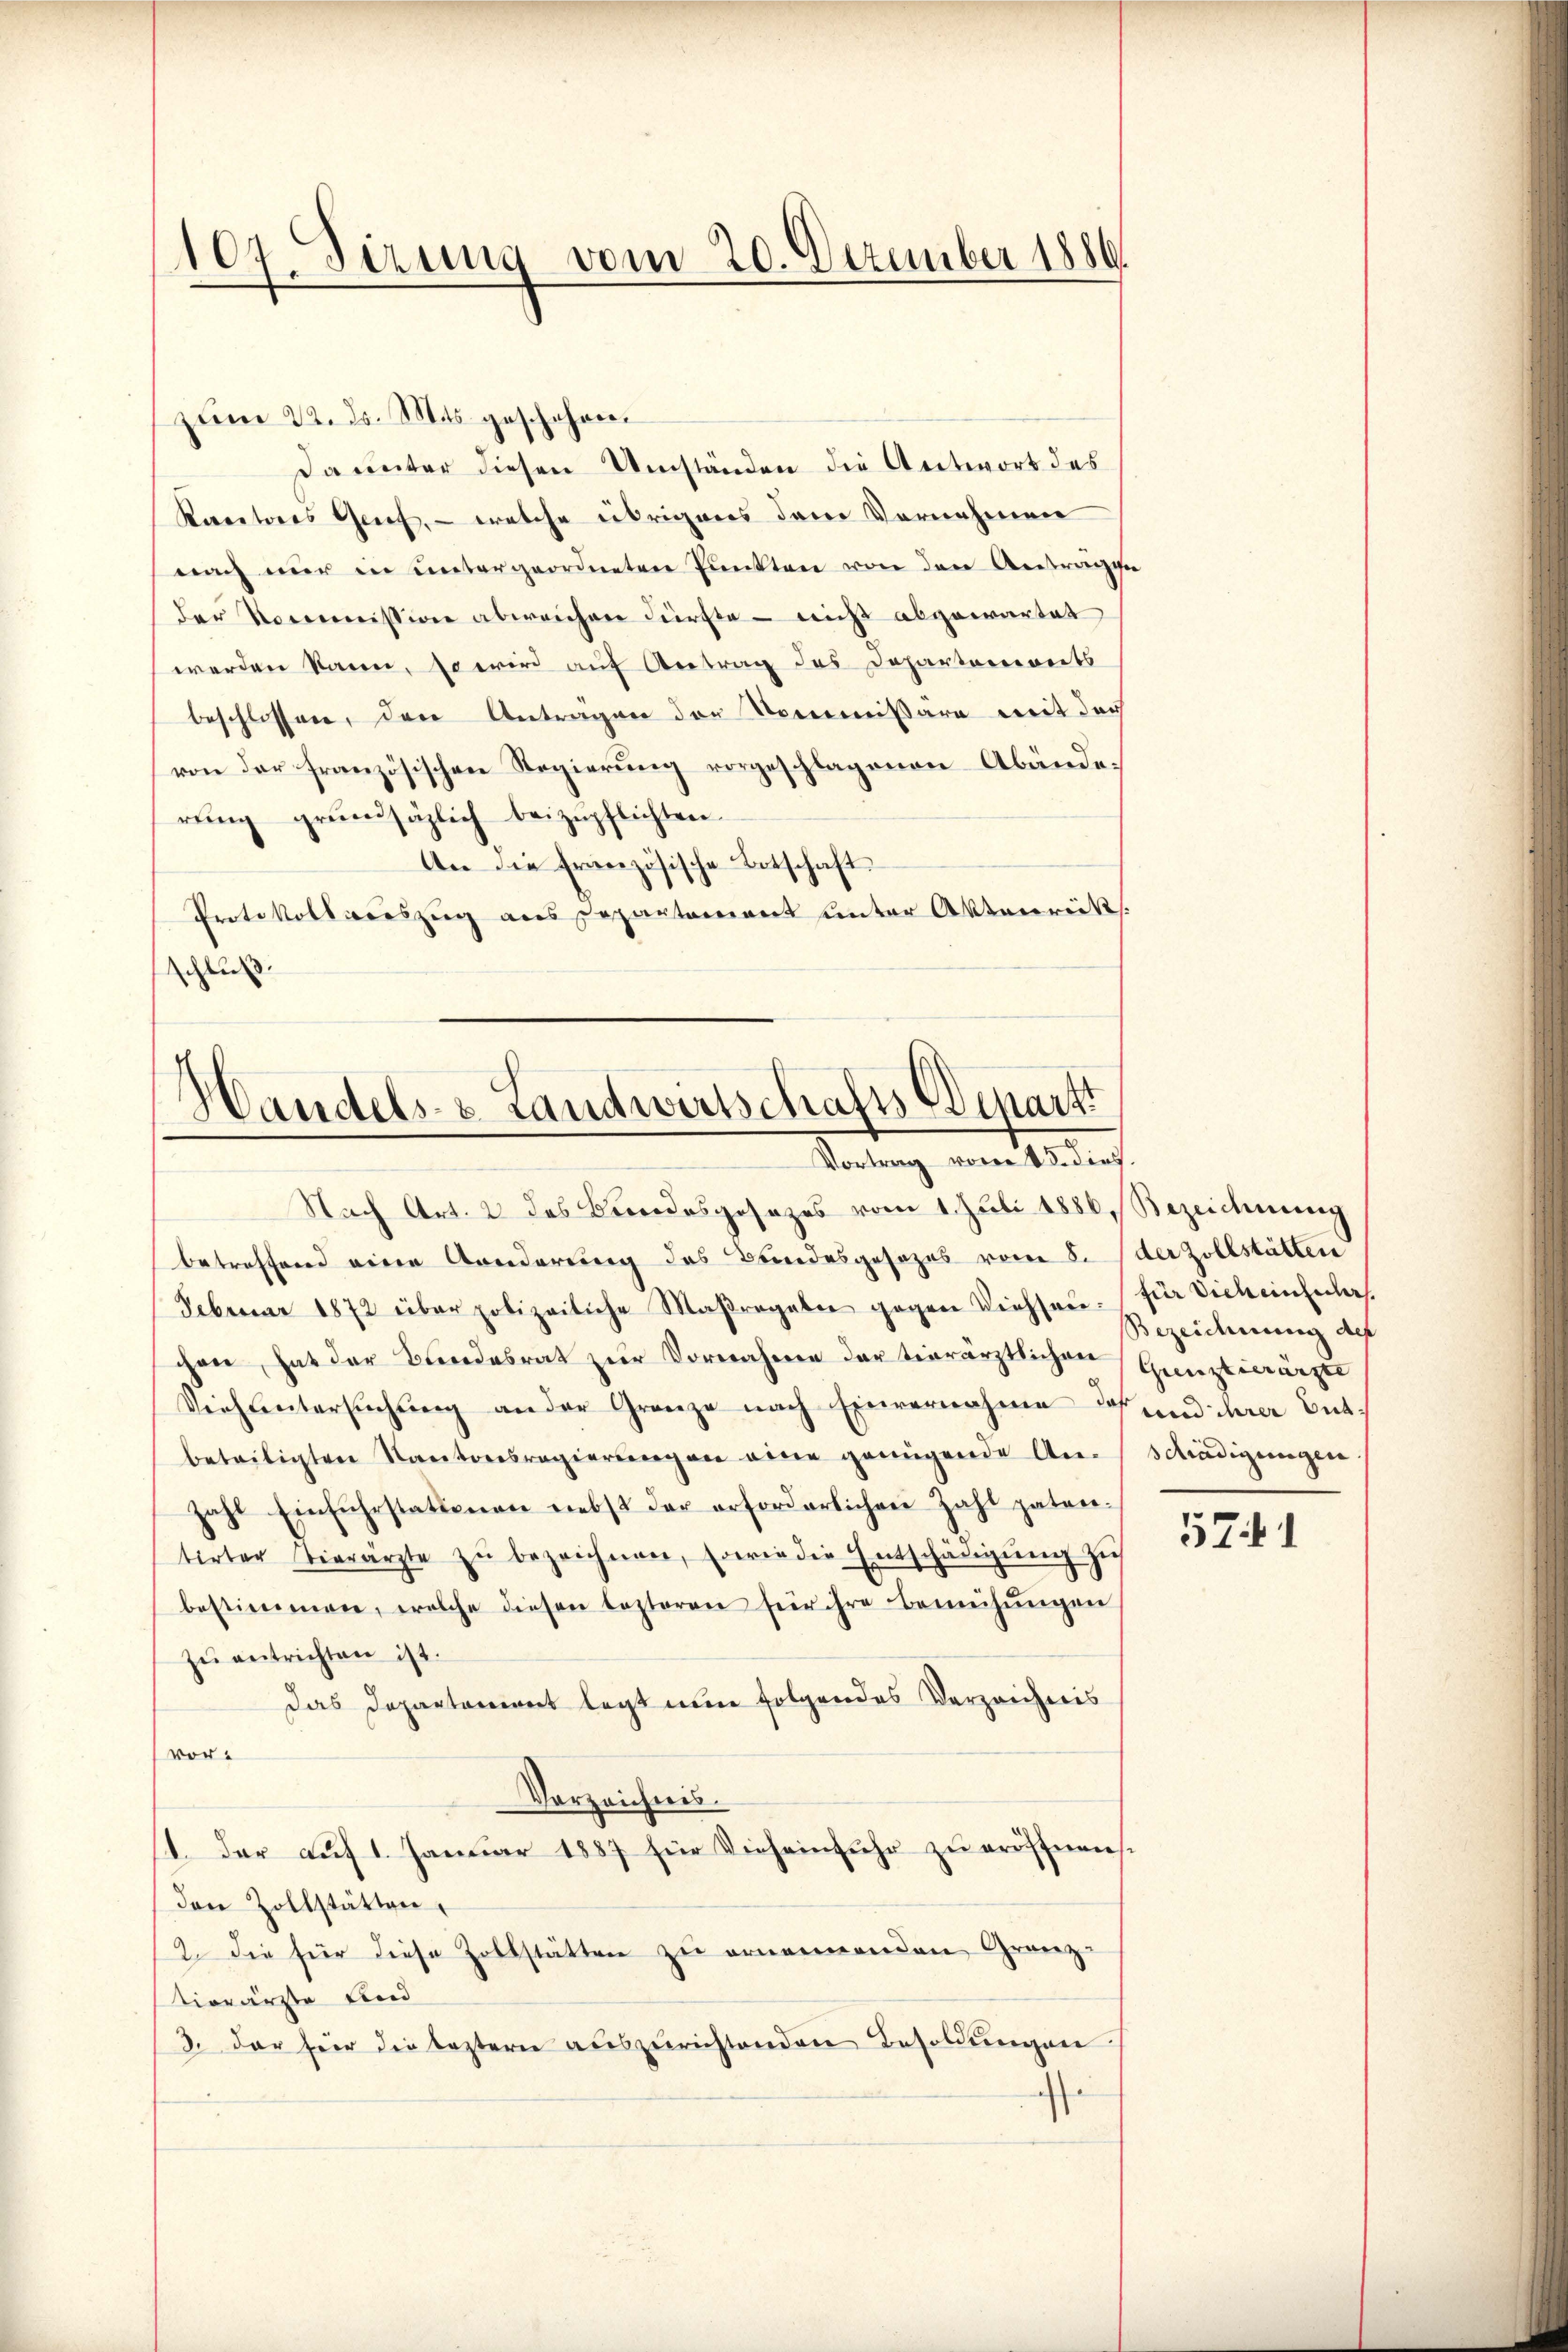
107. Dezung vom 20. Dezember 1886.

um 22. ds. Mts. geschehen.
Da unter diesen Umständen die Antwort des
Kantons Genf, — welche übrigens dem Vornehmen
nach nŭr in untergeordneten Pŭnkten von den Antragen
der Kommission abweichen dürfte - nicht abgewartet
werden kann, so wird auf Antrag des Departanereits
beschlossen, den Anträgen der Kommißäre mit der
von der französischen Regierung vorgeschlagenen Abänderŭng grŭndsätzlich beizŭpflichten.
An die französische Botschaft
Protokollsauszug aus Departement unter Aktenrück.
schluß.

Nach Art. 2 des Kindesgesezes vom 1. Juli 1886, Bezeichnung
betreffend eine Konderung des Bundesgesezes vom 8. der Zollstätten
Februar 1872 über polizeiliche Maßragaben gegen Dichter Bezeichnung des
chen hat der Bundesrat zur Vornahme der tierärztlichen Ganztiwärzer
Vieh untersuchung an der Granze nach Einvernahme des und ihrer Entbeteiligten Kantonsregierŭngen eine genügende An-
zahl Einfuhrstattenen nebst der erforderlichen Zahl paten-
tirter Tierärzte zŭ bezeichnen, sowie die Entschädigŭng zus
bestimmen, welche diesen lezteren für ihre Bemühŭngen
zu entrichten ist.
Das Departeniret legt nun folgendes Verzeichnis
vor¬
Vorzeichnis.
1. der auf 1. Januar 1887 für Vieh einfuhr zu eröffnen.
den Zollstätten.
2. Die für diese Zollstätten zu ernennenden Granz-
tierärzte und
3. der für die leztern auszurichtenden Besoldungen

Handels- & Landwirtschafts-Depart
Vortrag vom 15. dies

für Dich einzuler.
schädigungen.

571